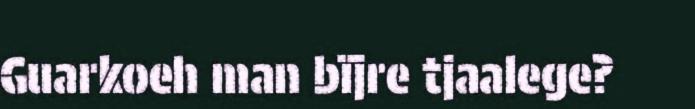
Guarkoeh man bïjre tjaalege?